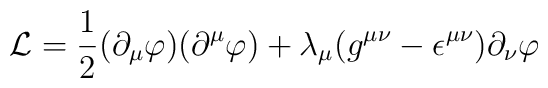
{\cal L} =\frac{1}{2} (\partial_\mu \varphi)  (\partial^\mu\varphi)+\lambda_\mu (g^{\mu \nu}-\epsilon^{\mu \nu})\partial_\nu \varphi